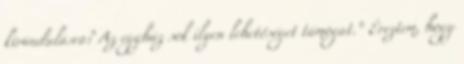
kirándulásra? Az egyház sok ilyen lehetőséget támogat.” Éreztem, hogy